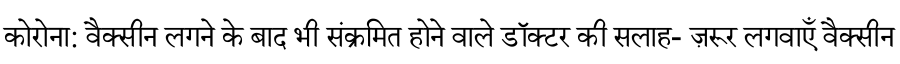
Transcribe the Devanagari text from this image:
कोरोना: वैक्सीन लगने के बाद भी संक्रमित होने वाले डॉक्टर की सलाह- ज़रूर लगवाएँ वैक्सीन